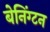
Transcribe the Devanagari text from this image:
बेनिंग्टन